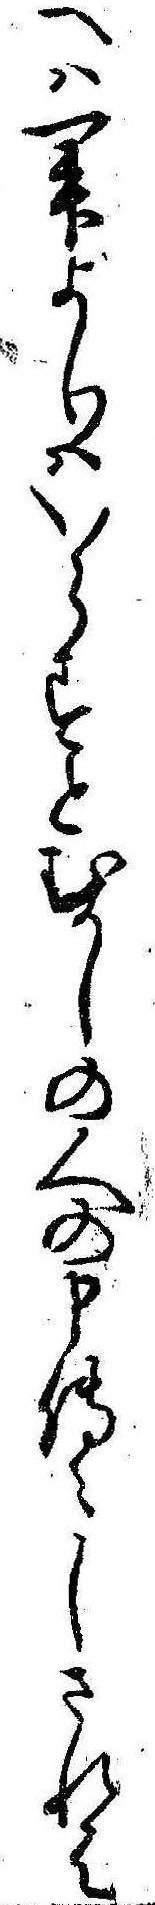
へは一舛よりはいらすとむかしの人の申伝えしされは